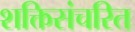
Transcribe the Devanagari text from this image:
शक्तिसंचरित